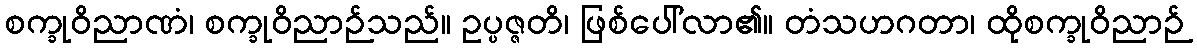
စက္ခုဝိညာဏံ၊ စက္ခုဝိညာဉ်သည်။ ဥပ္ပဇ္ဇတိ၊ ဖြစ်ပေါ်လာ၏။ တံသဟဂတာ၊ ထိုစက္ခုဝိညာဉ်